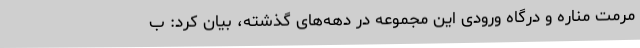
مرمت مناره و درگاه ورودی این مجموعه در دهه‌های گذشته، بیان کرد: ب